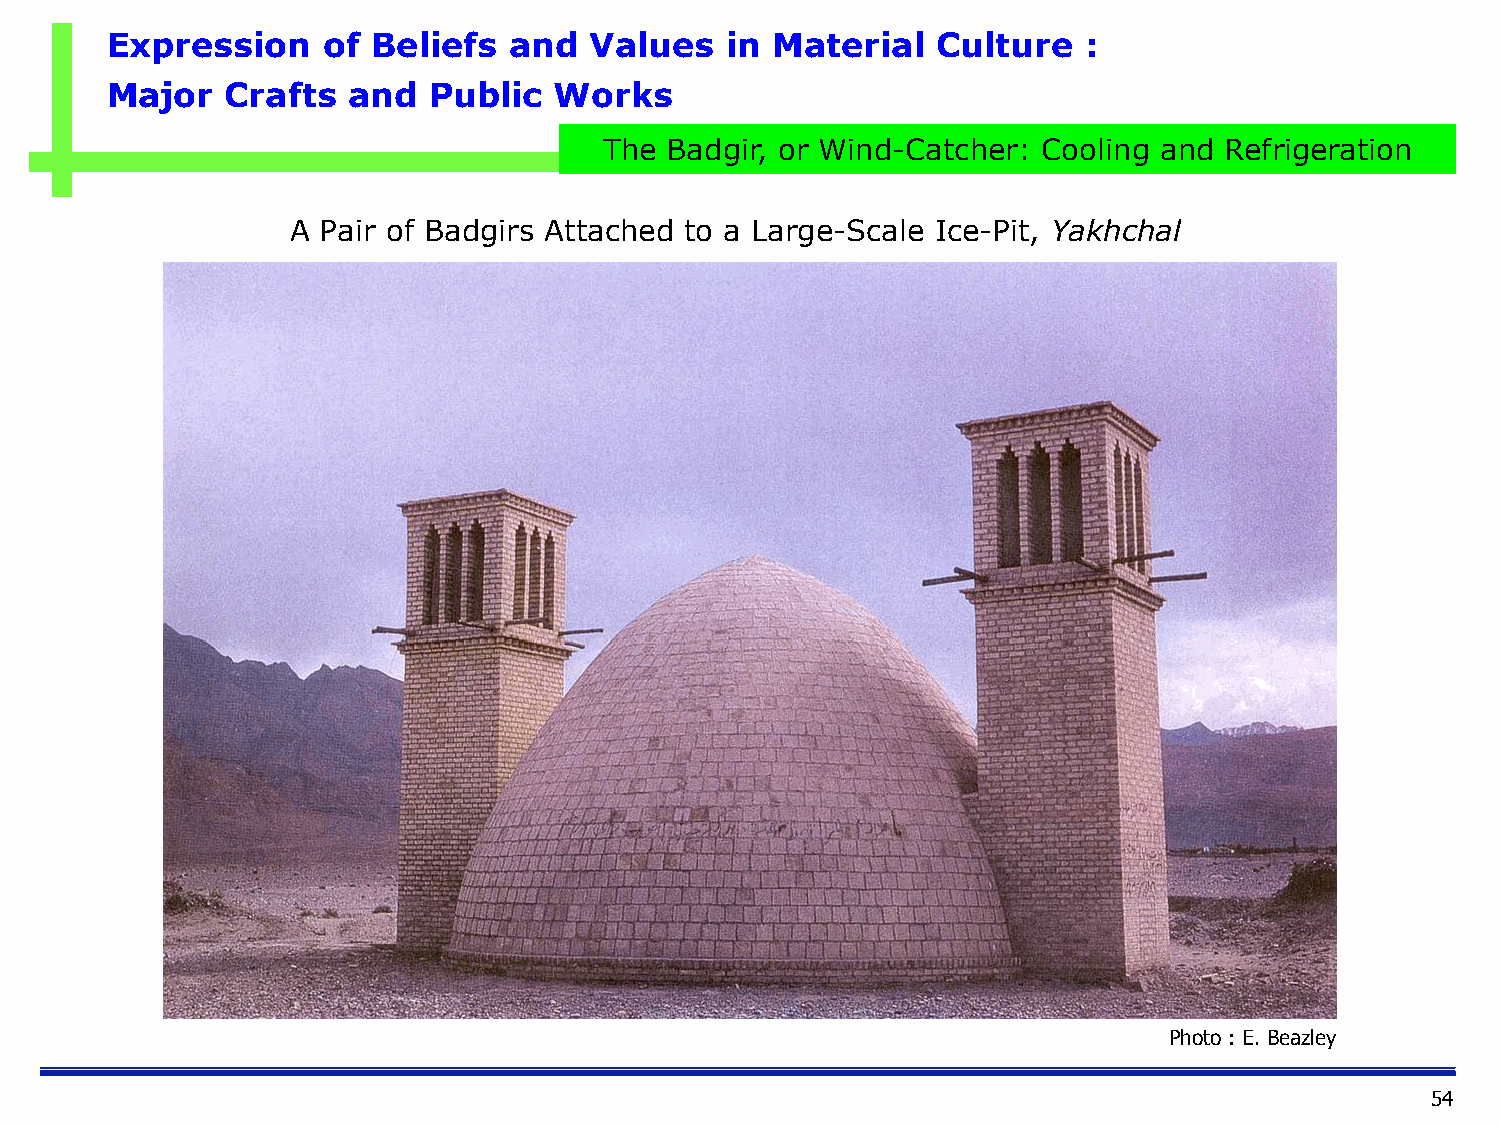
Expression    of  Beliefs  and  Values   in Material   Culture   :
 Major   Crafts  and  Public   Works
 The Badgir, or Wind-Catcher: Cooling and Refrigeration
 A Pair of Badgirs Attached to a Large-Scale Ice-Pit, Yakhchal
 Photo : E. Beazley
 54